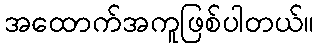
အထောက်အကူဖြစ်ပါတယ်။